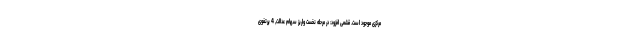
مرکزی موجود است. قشمی افزود: در مرحله نخست واریز سهام عدالت, 4 پرتفوی